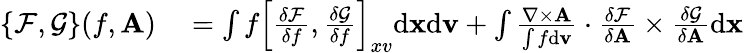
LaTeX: \begin{array}{rl}{\{ \mathcal{F},\mathcal{G}\} (f,{\mathbf A})}&{{}=\int f\left[\frac{\delta\mathcal{F}}{\delta f},\frac{\delta\mathcal{G}}{\delta f}\right]_{xv}\mathrm{d}{\mathbf x}\mathrm{d}{\mathbf v}+\int\frac{\nabla\times{\mathbf A}}{\int f\mathrm{d}{\mathbf v}}\cdot\frac{\delta\mathcal{F}}{\delta{\mathbf A}}\times\frac{\delta\mathcal{G}}{\delta{\mathbf A}}\mathrm{d}{\mathbf x}}\end{array}